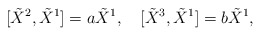
\begin{align*}[\tilde{X}^{2},\tilde{X}^{1}]=a\tilde{X}^{1},\quad[\tilde{X}^{3},\tilde{X}^{1}]=b\tilde{X}^{1},\end{align*}